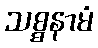
သစ္စနာမံ